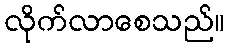
လိုက်လာစေသည်။